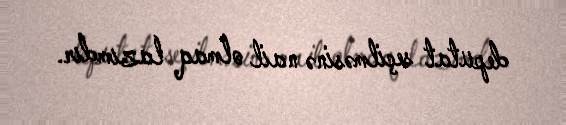
deputat seçilməsinə nail olmaq lazımdır.